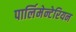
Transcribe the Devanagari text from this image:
पार्लिमेन्टेरियन